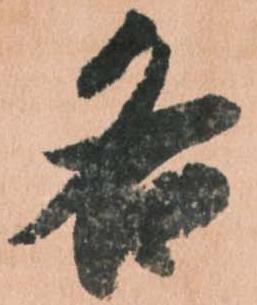
各